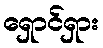
ရှောင်ရှား